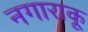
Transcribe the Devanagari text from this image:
नगाराकू